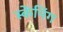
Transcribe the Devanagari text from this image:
स्केंनिंग